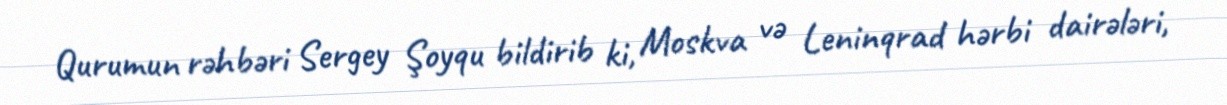
Qurumun rəhbəri Sergey Şoyqu bildirib ki, Moskva və Leninqrad hərbi dairələri,